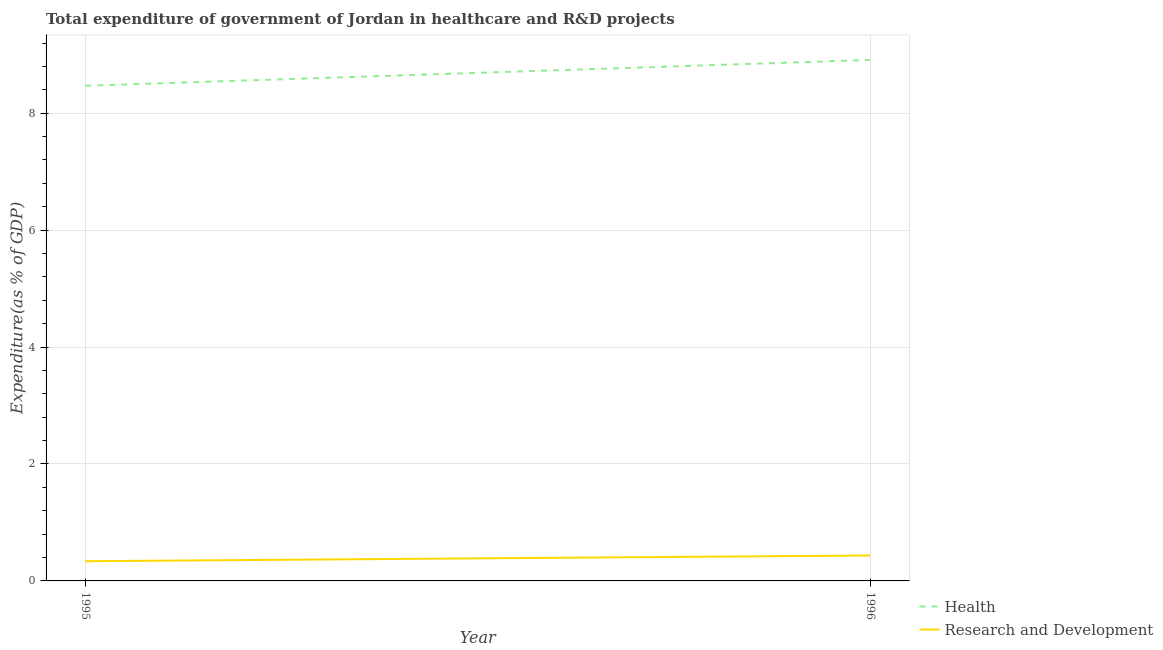
| Year | Health | Research and Development |
 | --- | --- | --- |
 | 1995 | 8.47 | 0.337 |
 | 1996 | 8.91 | 0.435 |